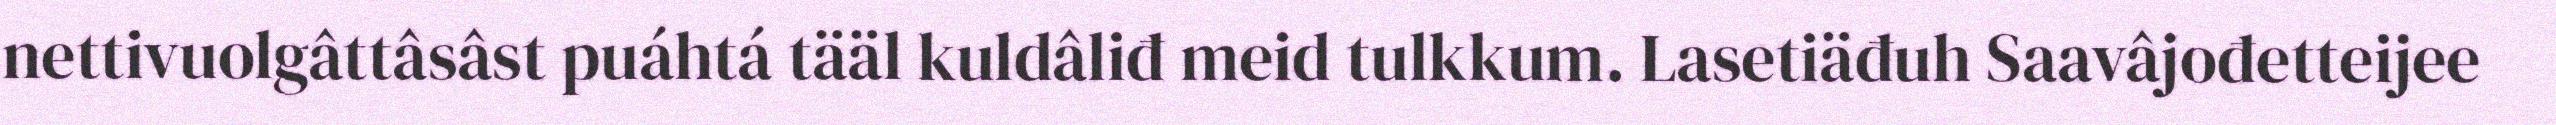
nettivuolgâttâsâst puáhtá tääl kuldâliđ meid tulkkum. Lasetiäđuh Saavâjođetteijee